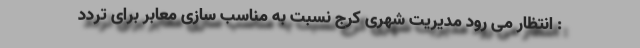
: انتظار می رود مدیریت شهری کرج نسبت به مناسب سازی معابر برای تردد